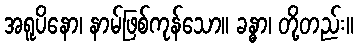
အရူပိနော၊ နာမ်ဖြစ်ကုန်သော။ ခန္ဓာ၊ တို့တည်း။